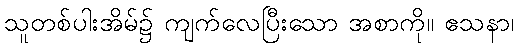
သူတစ်ပါးအိမ်၌ ကျက်လေပြီးသော အစာကို။ ဧသနာ၊